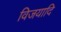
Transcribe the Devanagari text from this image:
विजयादि